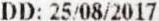
DD: 25/08/2017